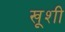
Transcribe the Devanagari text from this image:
खूशी